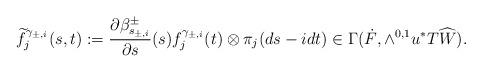
LaTeX: \begin{align*} \widetilde{f}^{\gamma_{\pm,i}}_j(s,t):=\frac{\partial \beta^\pm_{s_{\pm,i}}}{\partial s}(s)f^{\gamma_{\pm,i}}_j(t)\otimes \pi_j (ds-idt)\in \Gamma (\dot F ,\wedge^{0,1} u^{*}T\widehat{W}).\end{align*}